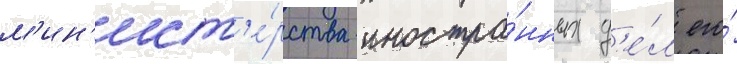
м'ин'ист'е́рства иностра́нных д'е́л его́